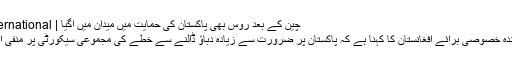
چین کے بعد روس بھی پاکستان کی حمایت میں میدان میں آگیا | Falak News International
روسی صدر کے نمائندہ خصوصی برائے افغانستان کا کہنا ہے کہ پاکستان پر ضرورت سے زیادہ دباؤ ڈالنے سے خطے کی مجموعی سیکورٹی پر منفی اثرات مرتب ہوں گے۔